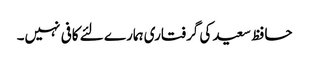
حافظ سعید کی گرفتاری ہمارے لئے کافی نہیں۔